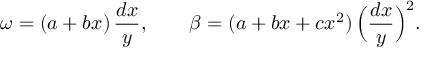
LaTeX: \omega = ( a + b x ) \, \frac { d x } { y } , \qquad \beta = ( a + b x + c x ^ { 2 } ) \, \Big ( \frac { d x } { y } \Big ) ^ { 2 } .